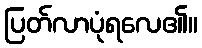
ပြတ်လာပုံရလေ၏။